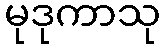
မုဒုကာသု